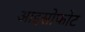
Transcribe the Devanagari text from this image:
आइसोफोट